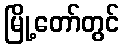
မြို့တော်တွင်